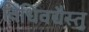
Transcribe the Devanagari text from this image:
विधिवद्यैस्तु